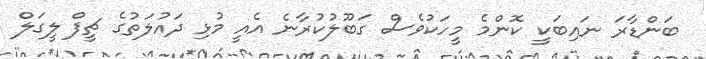
ބަންޑާރަ ނައިބަކީ ކޮންމެ މީހަކުވެސް ގަބޫލުކުރާނެ އެއީ މުޅި ދައުލަތުގެ ޗީފް ލީގަލް